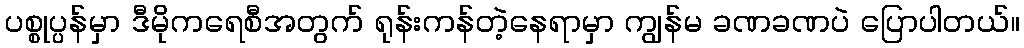
ပစ္စုပ္ပန်မှာ ဒီမိုကရေစီအတွက် ရုန်းကန်တဲ့နေရာမှာ ကျွန်မ ခဏခဏပဲ ပြောပါတယ်။